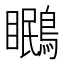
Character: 𭿱